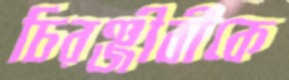
চিরঞ্জীবীকে